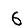
Digit: 6